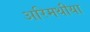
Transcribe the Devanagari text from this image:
अरिमथीया